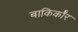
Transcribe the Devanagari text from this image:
बाकिर्कॉर